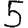
Digit: 5